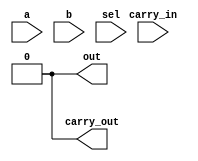
module full_alu (
    input a,
    input b,
    input carry_in,
    input [1:0] sel,
    output out,
    output carry_out
);
    // Insert your RTL here to calculate the alu out and carry out bits
    // Remove these assign statements once you write your own RTL
    assign out = 1'b0;
    assign carry_out = 1'b0;
endmodule